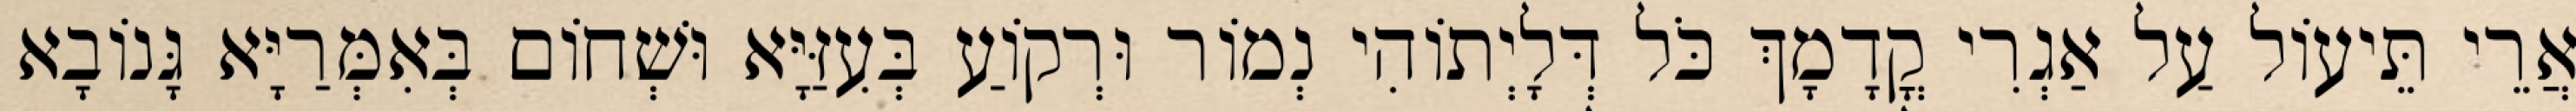
אֲרֵי תֵּיעוֹל עַל אַגְרִי קֳדָמָךְ כֹּל דְּלָיְתוֹהִי נְמוֹר וּרְקוֹעַ בְּעִזַּיָּא וּשְׁחוֹם בְּאִמְּרַיָּא גָּנוֹבָא